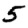
Digit: 5